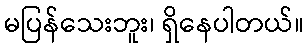
မပြန်သေးဘူး၊ ရှိနေပါတယ်။